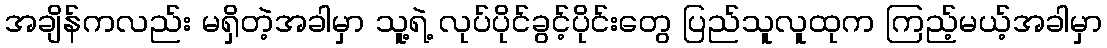
အချိန်ကလည်း မရှိတဲ့အခါမှာ သူ့ရဲ့ လုပ်ပိုင်ခွင့်ပိုင်းတွေ ပြည်သူလူထုက ကြည့်မယ့်အခါမှာ